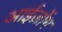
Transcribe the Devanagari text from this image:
आईज़ोंग